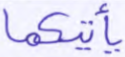
يأتيكما